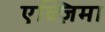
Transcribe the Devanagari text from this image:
एक्ज़िमा